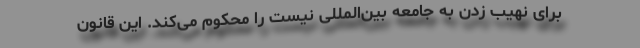
برای نهیب زدن به جامعه بین‌المللی نیست را محکوم می‌کند. این قانون